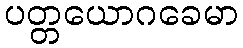
ပတ္တယောဂခေမာ